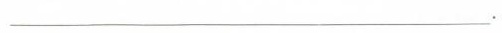
___.